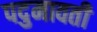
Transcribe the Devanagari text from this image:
पदुमावती